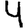
Digit: 4